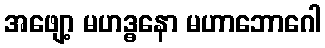
အဖျော့ မဟဒ္ဓနော မဟာဘောဂေါ